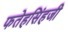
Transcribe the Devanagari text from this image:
फतेहसिंहजी